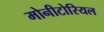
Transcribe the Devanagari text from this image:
मोनीटोरियल